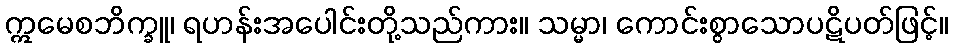
ဣမေစဘိက္ခူ၊ ရဟန်းအပေါင်းတို့သည်ကား။ သမ္မာ၊ ကောင်းစွာသောပဋိပတ်ဖြင့်။